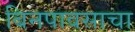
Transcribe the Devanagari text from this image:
बिनपावसाचा